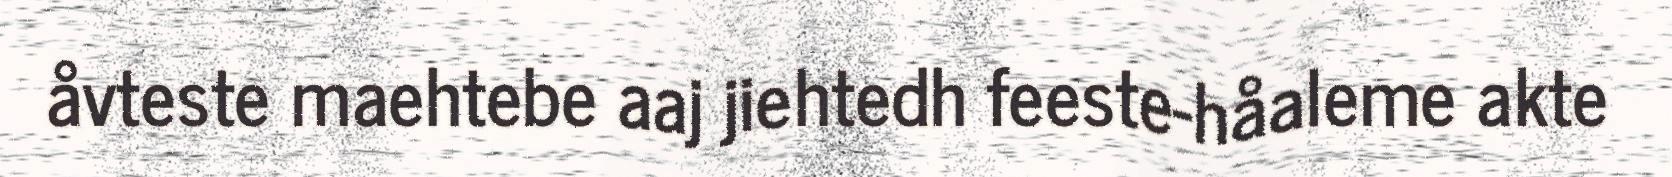
åvteste maehtebe aaj jiehtedh feeste-håaleme akte